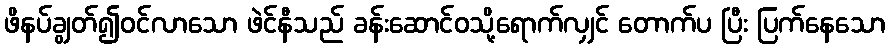
ဖိနပ်ချွတ်၍ဝင်လာသော ဖဲင်နီသည် ခန်းဆောင်ဝသို့ရောက်လျှင် တောက်ပ ပြီး ပြက်နေသော